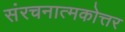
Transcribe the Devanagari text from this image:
संरचनात्मकोत्तर